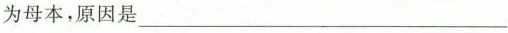
为母本，原因是___